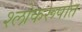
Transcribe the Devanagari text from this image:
श्लोकरूपात